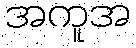
အကူအ